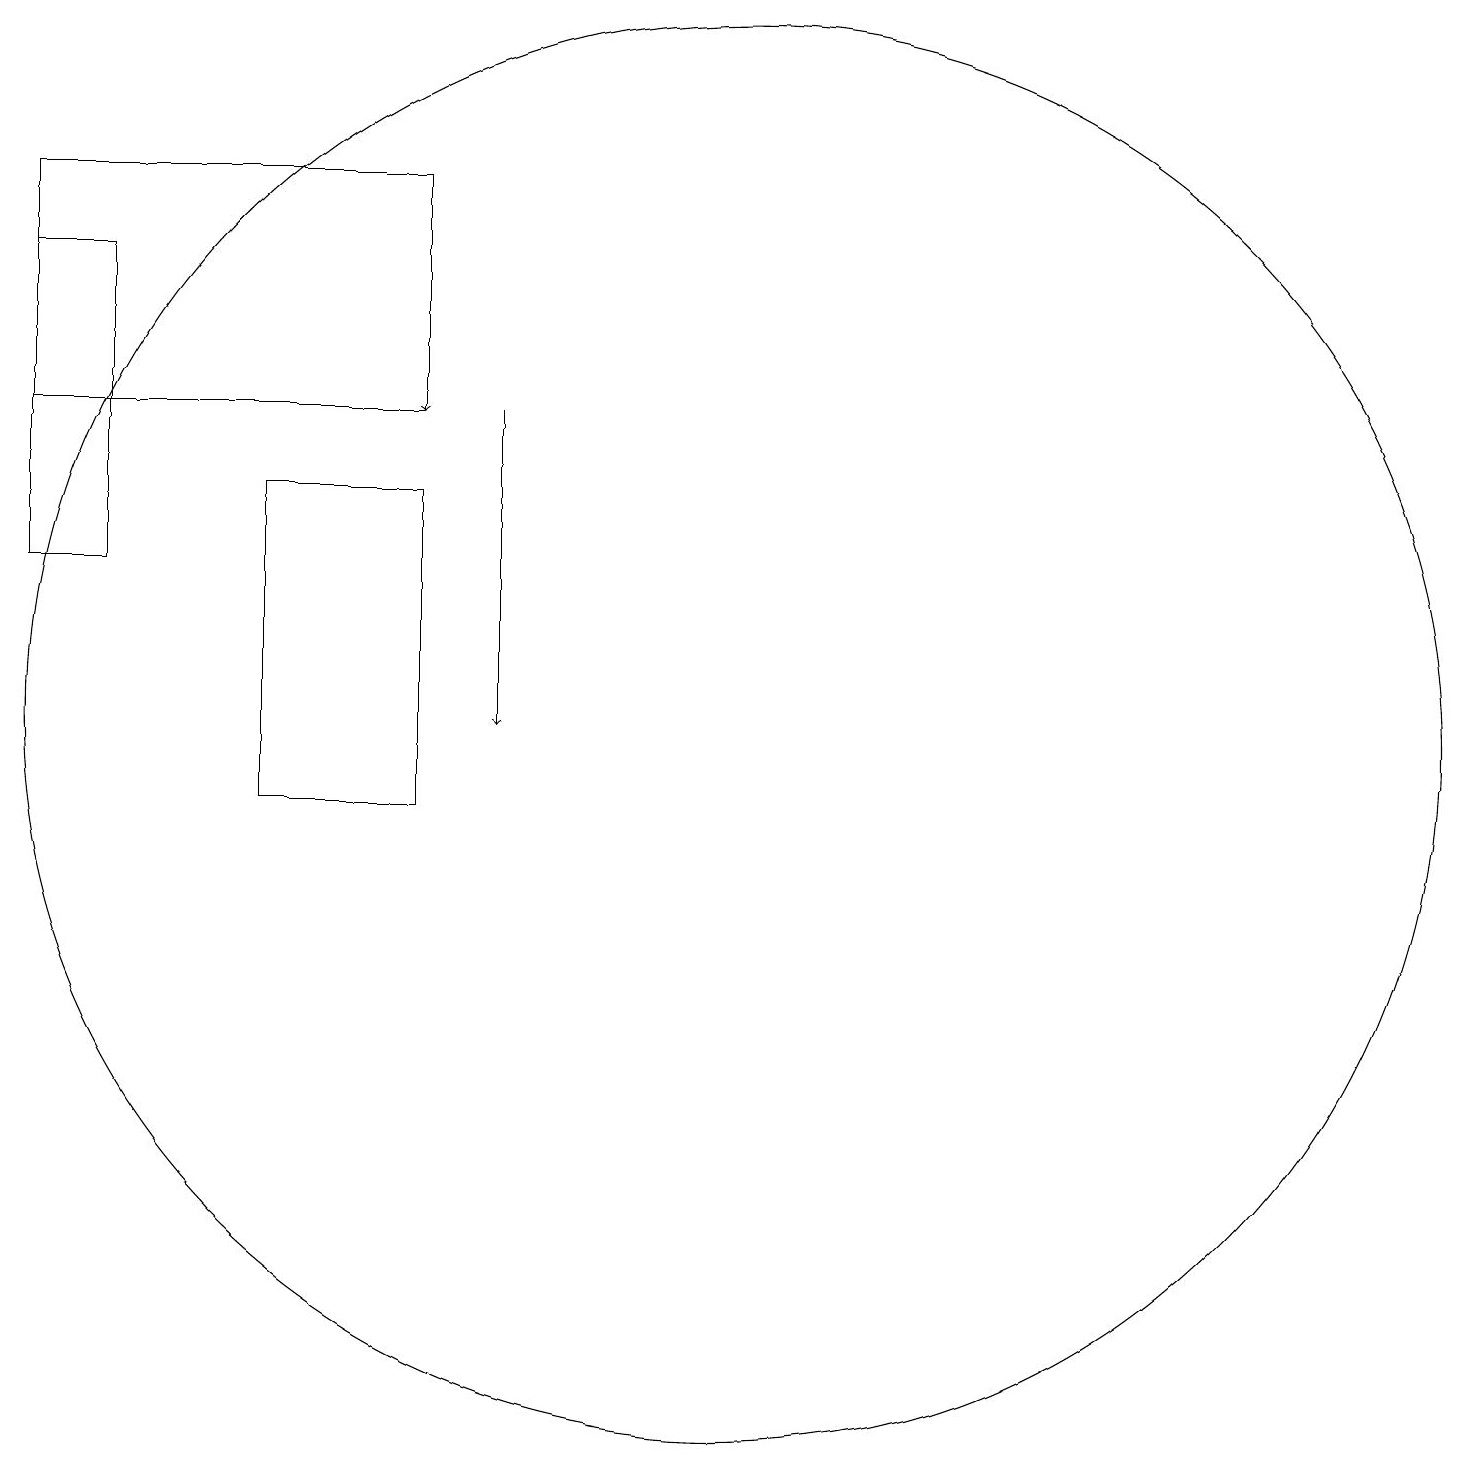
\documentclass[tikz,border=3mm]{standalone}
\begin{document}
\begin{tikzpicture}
\draw (11,12) circle (9);
\draw[->] (7,19) -- (7,16);
\draw (2,14) rectangle (3,18);
\draw (2,19) rectangle (7,16);
\draw[->] (8,16) -- (8,12);
\draw (7,11) rectangle (5,15);
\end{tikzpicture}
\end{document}